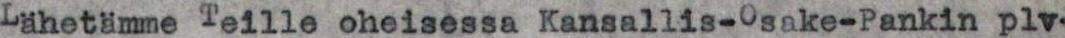
Lähetämme Teille oheisessa Kansallis-Osake-Pankin plv